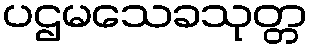
ပဌမသေခသုတ္တ